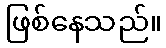
ဖြစ်နေသည်။